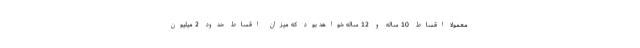
معمولا اقساط 10 ساله و 12 ساله خواهد بود که میزان اقساط حدود 2 میلیون